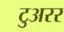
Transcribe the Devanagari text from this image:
टुअरर